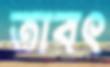
তাবৎ